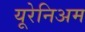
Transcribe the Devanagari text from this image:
यूरेनिअम